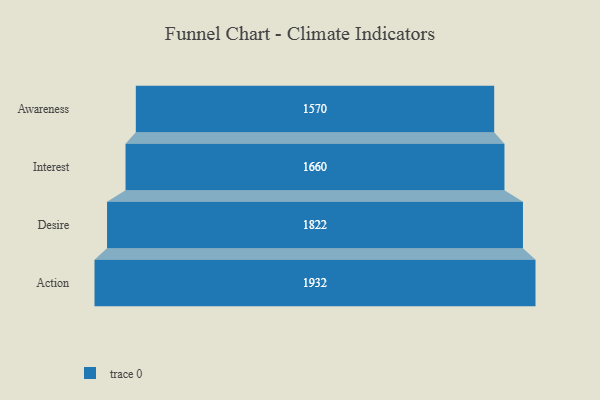
{"axis": {"x": "Stage", "y": "Value"}, "legend": [""], "data": [{"x": "Awareness", "y": 1570.0, "type": ""}, {"x": "Interest", "y": 1660.0, "type": ""}, {"x": "Desire", "y": 1822.0, "type": ""}, {"x": "Action", "y": 1932.0, "type": ""}]}